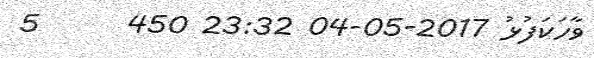
ވާހަަކަފުޅު 2017-05-04 23:32 450      5